Leaving Certificate Examination, 1915
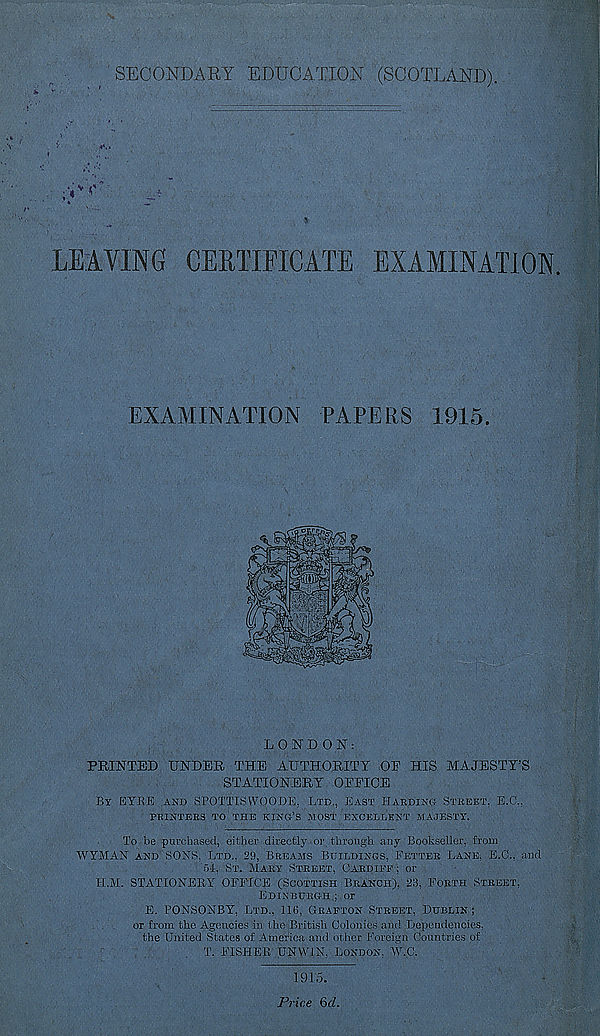
SECONDARY EDUCATION (SCOTLAND).
LEAVING CERTIFICATE EXAMINATION
EXAMINATION PAPERS 1915.
LONDON:
PRINTED UNDER THE AUTHORITY OE HIS MAJESTY’S
STATIONERY OPPIOE
By EYRE and SPOTTISWOODE, Ltd., East Harding Street, E.O.,
PRINTERS TO THE KING’S MOST EXCELLENT MAJESTY.
To be purchased, either directly or through any Bookseller, from
WYMAN and SONS, Ltd., 29, Breams Buildings, Fetter Lane, E.C., and
54, St. Mary Street, Cardiff ; or
H.M. STATIONERY OFFICE (Scottish Branch), 23, Forth Street,
Edinburgh ; or
E. PONSONBY, Ltd., 116, Grafton Street, Dublin ;
or from the Agencies in (he British Colonies and Dependencies,
the United States of America and other Foreign Countries of
T. FISHER UNWIN, London, W,C.
1915.
Price Qd.